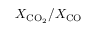
X _ { \mathrm { C O _ { 2 } } } / X _ { \mathrm { C O } }